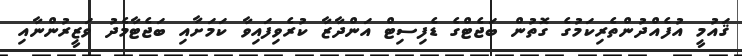
ޤައުމީ އުފެއްދުންތެރިކަމުގެ ގޮތުން ބަޖެޓްގެ ޑެފިސިޓް އަންދާޒާ ކުރެވިފައިވާ ކަމަށާއި ބަޖެޓާމެދު ވަޒީރުންނާއި